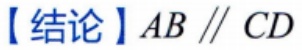
【结论】$AB \parallel CD$